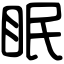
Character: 眠